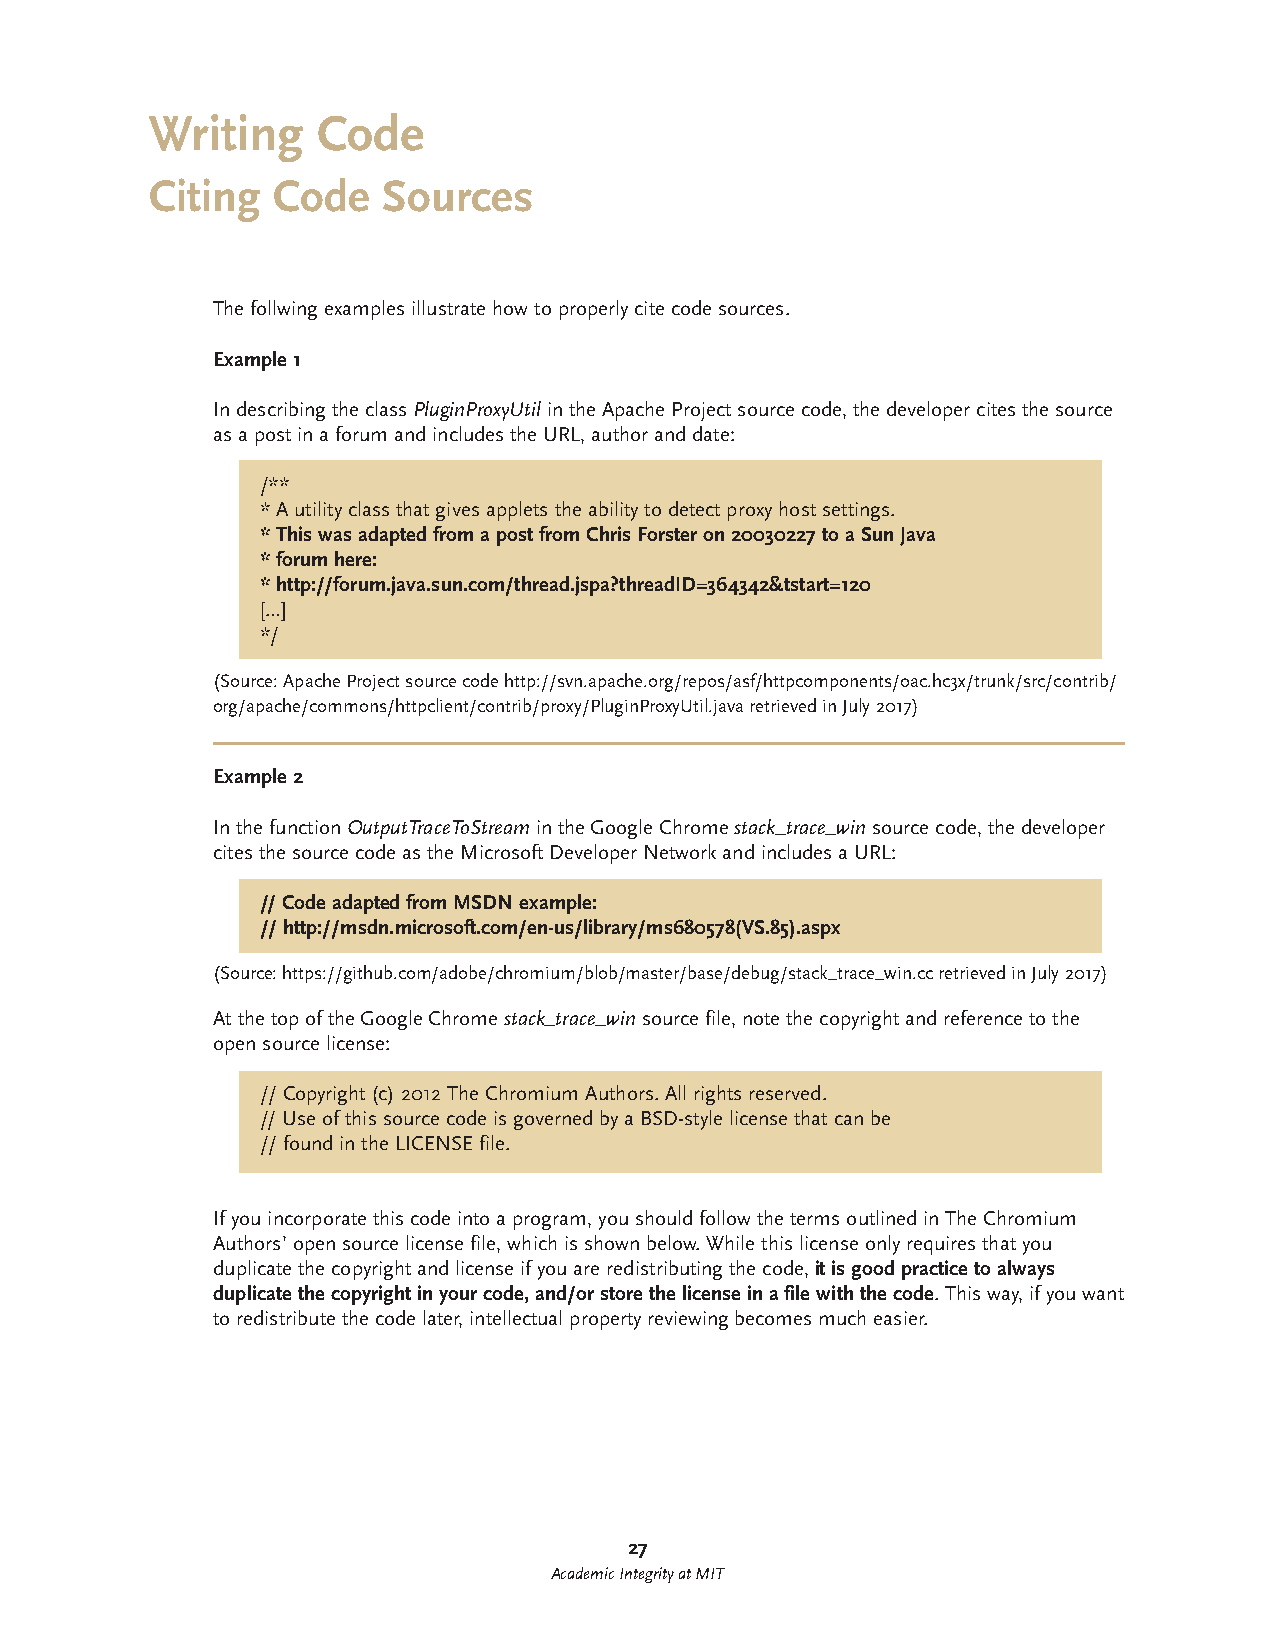
Writing    Code
 Citing  Code   Sources
 The follwing examples illustrate how to properly cite code sources.
 Example 1
 In describing the class PluginProxyUtil in the Apache Project source code, the developer cites the source
 as a post in a forum and includes the URL, author and date:
 /**
 * A utility class that gives applets the ability to detect proxy host settings.
 * This was adapted from a post from Chris Forster on 20030227 to a Sun Java
 * forum here:
 * http://forum.java.sun.com/thread.jspa?threadID=364342&tstart=120
 […]
 */
 (Source: Apache Project source code http://svn.apache.org/repos/asf/httpcomponents/oac.hc3x/trunk/src/contrib/
 org/apache/commons/httpclient/contrib/proxy/PluginProxyUtil.java retrieved in July 2017)
 Example 2
 In the function OutputTraceToStream in the Google Chrome stack_trace_win source code, the developer
 cites the source code as the Microsoft Developer Network and includes a URL:
 // Code adapted from MSDN example:
 // http://msdn.microsoft.com/en-us/library/ms680578(VS.85).aspx
 (Source: https://github.com/adobe/chromium/blob/master/base/debug/stack_trace_win.cc retrieved in July 2017)
 At the top of the Google Chrome stack_trace_win source file, note the copyright and reference to the
 open source license:
 // Copyright (c) 2012 The Chromium Authors. All rights reserved.
 // Use of this source code is governed by a BSD-style license that can be
 // found in the LICENSE file.
 If you incorporate this code into a program, you should follow the terms outlined in The Chromium
 Authors’ open source license file, which is shown below. While this license only requires that you
 duplicate the copyright and license if you are redistributing the code, it is good practice to always
 duplicate the copyright in your code, and/or store the license in a file with the code. This way, if you want
 to redistribute the code later, intellectual property reviewing becomes much easier.
 27
 Academic Integrity at MIT